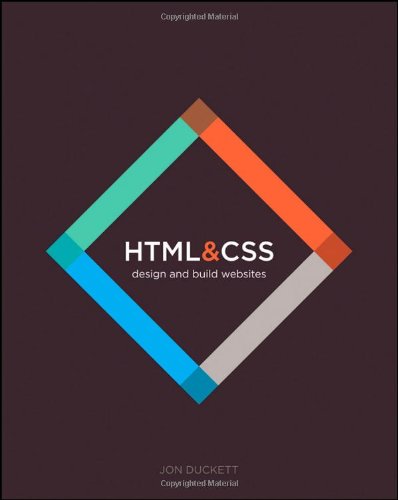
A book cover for HTML and CSS: Design and Build Websites; Jon Duckett; Computers & Technology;